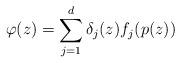
LaTeX: \begin{align*}\varphi(z) = \sum_{j=1}^d \delta_j(z) f_j(p(z))\end{align*}